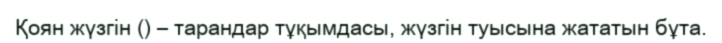
Қоян жүзгін () – тарандар тұқымдасы, жүзгін туысына жататын бұта.